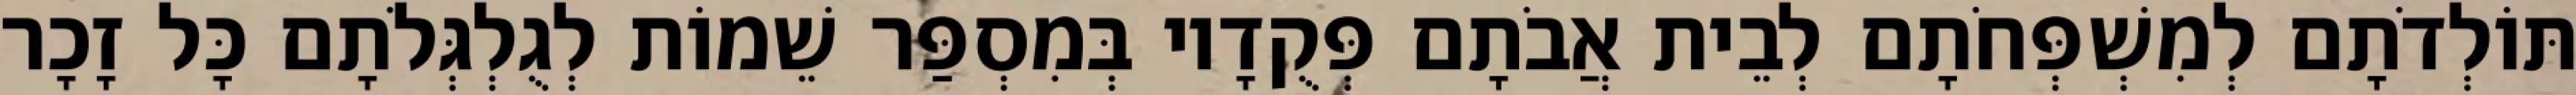
תּוֹלְדֹתָם לְמִשְׁפְּחֹתָם לְבֵית אֲבֹתָם פְּקֻדָיו בְּמִסְפַּר שֵׁמוֹת לְגֻלְגְּלֹתָם כָּל זָכָר